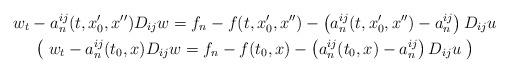
LaTeX: \begin{gather*}w_t-a_n^{ij}(t, x_0',x'')D_{ij}w=f_n-f(t, x_0',x'')-\left(a_n^{ij}(t, x_0',x'')-a_n^{ij}\right)D_{ij}u \\\bigl(\; w_t-a_n^{ij}(t_0, x)D_{ij}w=f_n-f(t_0, x)-\left(a_n^{ij}(t_0, x)-a_n^{ij}\right)D_{ij}u \; \bigr)\end{gather*}